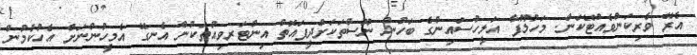
އެރޭ ވެރިކަންވެއްޓޭކަން. މަހުލޫފާ އަލީހުސައިންގެ ބަހުން ނޫސްތަކަށްދީފައޮތް އިންޓަރވިއުތަކުން އެނގޭ އެމީހުންނަށް އެހުކުމުން